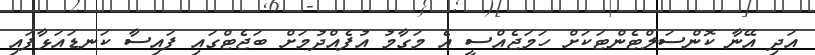
އަދި އޭނާ ކޮންސަލްޓެންޓަކަށް ހަމަޖެއްސީ އެ މަގާމު އުފެއްދުމަށް ބަޖެޓްގައި ފައިސާ ކަނޑައަޅާފައި